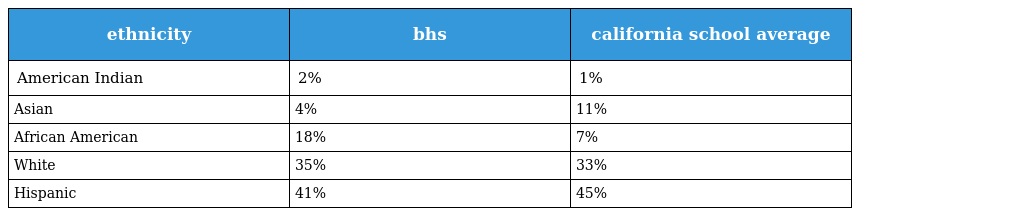
| ethnicity | bhs | california school average |
 | --- | --- | --- |
 | American Indian | 2% | 1% |
 | Asian | 4% | 11% |
 | African American | 18% | 7% |
 | White | 35% | 33% |
 | Hispanic | 41% | 45% |